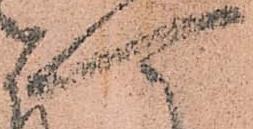
可